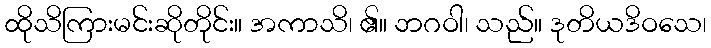
ထိုသိကြားမင်းဆိုတိုင်း။ အကာသိ၊ ၏။ ဘဂဝါ၊ သည်။ ဒုတိယဒိဝသေ၊